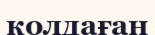
колдаған